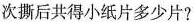
次撕后共得小纸片多少片?